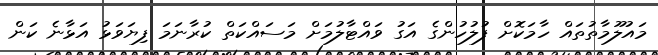
މައުލޫމާތުތައް ހާމަކޮށް ފުލުހުންގެ އަގު ވައްޓާލުމަށް މަސައްކަތް ކުރާނަމަ ފިޔަވަޅު އަޅާނެ ކަން